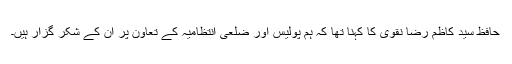
حافظ سید کاظم رضا نقوی کا کہنا تھا کہ ہم پولیس اور ضلعی انتظامیہ کے تعاون پر ان کے شکر گزار ہیں۔